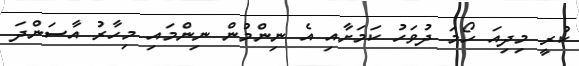
ކުރީ މިދިއަ ހޯމަ ދުވަހު ކަމަށާއި އެ ނިންމުން ނިންމައި މިހާރު އާސަންދަ